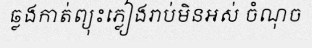
ឆ្លងកាត់ព្យុះភ្លៀងរាប់មិនអស់ ចំណុច